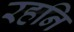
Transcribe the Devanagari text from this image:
रहनि